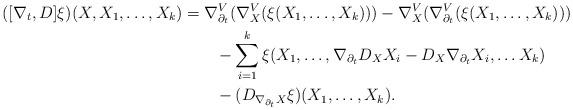
LaTeX: \begin{align*}([\nabla_t,D]\xi)(X,X_1,\ldots,X_k)&=\nabla^V_{\partial_t}(\nabla^V_X(\xi(X_1,\ldots,X_k)))-\nabla^V_X(\nabla^V_{\partial_t}(\xi(X_1,\ldots,X_k)))\\&\qquad-\sum_{i=1}^k\xi(X_1,\ldots,\nabla_{\partial_t}D_XX_i-D_X\nabla_{\partial_t}X_i,\ldots X_k)\\&\qquad-(D_{\nabla_{\partial_t}X}\xi)(X_1,\ldots,X_k).\end{align*}